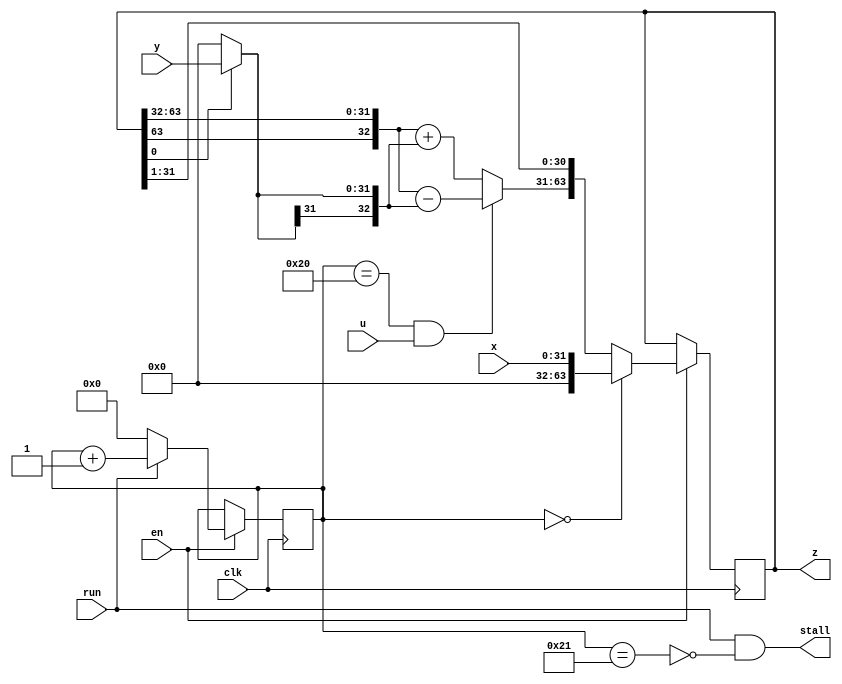
`timescale 1ns / 1ps   // NW 14.9.2015

// 2023-05: add 'en' input signal, default_nettype none

`default_nettype none

  module Multiplier (
    input wire clk, run, u,
    input wire en,
    output wire stall,
    input wire [31:0] x, y,
    output wire [63:0] z
  );

  reg [5:0] S;    // state
  reg [63:0] P;   // product
  wire [31:0] w0;
  wire [32:0] w1;

  assign stall = run & ~(S == 33);
  assign w0 = P[0] ? y : 0;
  assign w1 = (S == 32) & u ? {P[63], P[63:32]} - {w0[31], w0} :
         {P[63], P[63:32]} + {w0[31], w0};
  assign z = P;

  always @ (posedge clk) begin
    if (en) begin
      P <= (S == 0) ? {32'b0, x} : {w1[32:0], P[31:1]};
      S <= run ? S+1 : 0;
    end
  end

  endmodule

`resetall